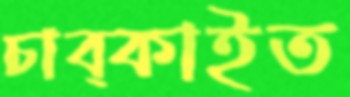
চাব্‌কাইত